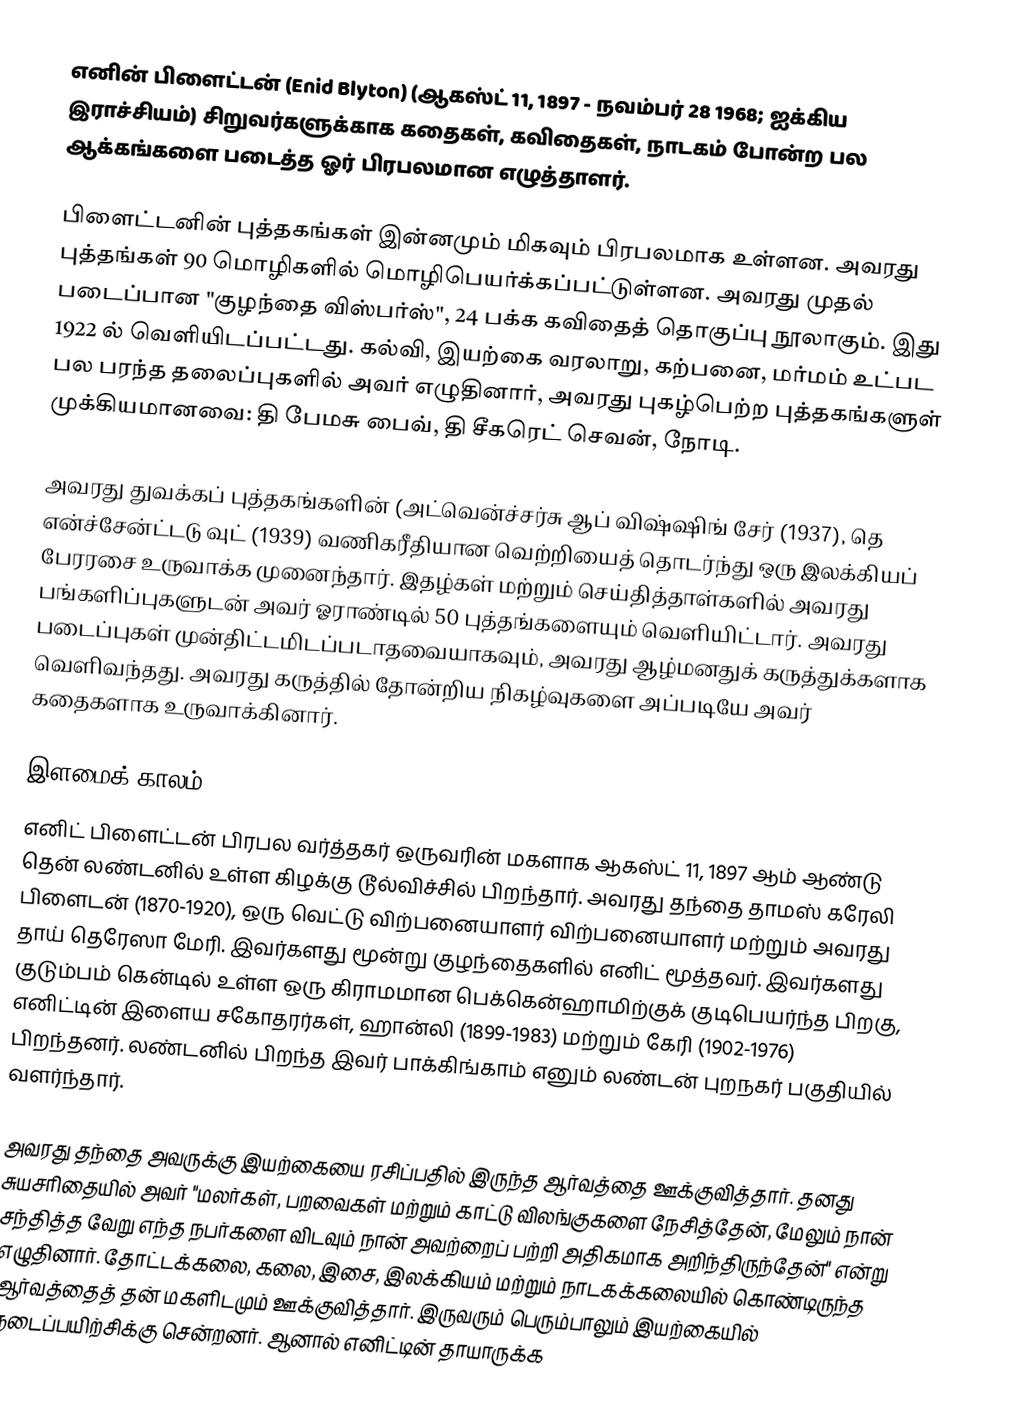
எனின் பிளைட்டன் (Enid Blyton) (ஆகஸ்ட் 11, 1897 - நவம்பர் 28  1968; ஐக்கிய இராச்சியம்) சிறுவர்களுக்காக கதைகள், கவிதைகள், நாடகம் போன்ற பல ஆக்கங்களை படைத்த ஓர் பிரபலமான எழுத்தாளர்.

பிளைட்டனின் புத்தகங்கள் இன்னமும் மிகவும் பிரபலமாக உள்ளன. அவரது புத்தங்கள் 90 மொழிகளில் மொழிபெயர்க்கப்பட்டுள்ளன. அவரது முதல் படைப்பான "குழந்தை விஸ்பர்ஸ்", 24 பக்க கவிதைத் தொகுப்பு நூலாகும். இது 1922 ல் வெளியிடப்பட்டது. கல்வி, இயற்கை வரலாறு, கற்பனை, மர்மம் உட்பட பல பரந்த தலைப்புகளில் அவர் எழுதினார், அவரது புகழ்பெற்ற புத்தகங்களுள் முக்கியமானவை: தி பேமசு பைவ்,  தி சீகரெட் செவன், நோடி.

அவரது துவக்கப் புத்தகங்களின் (அட்வென்ச்சர்சு ஆப் விஷ்ஷிங் சேர் (1937), தெ என்ச்சேன்ட்டடு வுட் (1939) வணிகரீதியான வெற்றியைத் தொடர்ந்து ஒரு இலக்கியப் பேரரசை உருவாக்க முனைந்தார். இதழ்கள் மற்றும் செய்தித்தாள்களில் அவரது பங்களிப்புகளுடன் அவர் ஓராண்டில் 50 புத்தங்களையும் வெளியிட்டார். அவரது படைப்புகள் முன்திட்டமிடப்படாதவையாகவும், அவரது ஆழ்மனதுக் கருத்துக்களாக வெளிவந்தது. அவரது கருத்தில் தோன்றிய நிகழ்வுகளை அப்படியே அவர் கதைகளாக உருவாக்கினார்.

இளமைக் காலம்
எனிட் பிளைட்டன்  பிரபல வர்த்தகர் ஒருவரின் மகளாக ஆகஸ்ட் 11, 1897 ஆம் ஆண்டு தென் லண்டனில் உள்ள கிழக்கு டூல்விச்சில் பிறந்தார்.  அவரது தந்தை தாமஸ் கரேலி பிளைடன் (1870-1920), ஒரு வெட்டு விற்பனையாளர் விற்பனையாளர் மற்றும் அவரது தாய் தெரேஸா மேரி. இவர்களது மூன்று குழந்தைகளில் எனிட் மூத்தவர். இவர்களது குடும்பம் கென்டில் உள்ள ஒரு கிராமமான பெக்கென்ஹாமிற்குக் குடிபெயர்ந்த பிறகு, எனிட்டின் இளைய சகோதரர்கள், ஹான்லி (1899-1983) மற்றும் கேரி (1902-1976) பிறந்தனர். லண்டனில் பிறந்த இவர் பாக்கிங்காம் எனும் லண்டன் புறநகர் பகுதியில் வளர்ந்தார்.

அவரது தந்தை அவருக்கு இயற்கையை ரசிப்பதில் இருந்த ஆர்வத்தை ஊக்குவித்தார். தனது சுயசரிதையில் அவர் "மலர்கள், பறவைகள் மற்றும் காட்டு விலங்குகளை நேசித்தேன், மேலும் நான் சந்தித்த வேறு எந்த நபர்களை விடவும் நான் அவற்றைப் பற்றி அதிகமாக அறிந்திருந்தேன்" என்று எழுதினார். தோட்டக்கலை, கலை, இசை, இலக்கியம் மற்றும் நாடகக்கலையில் கொண்டிருந்த ஆர்வத்தைத் தன் மகளிடமும் ஊக்குவித்தார். இருவரும் பெரும்பாலும் இயற்கையில் நடைப்பயிற்சிக்கு சென்றனர். ஆனால் எனிட்டின் தாயாருக்க